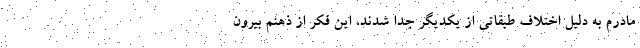
مادرم به دلیل اختلاف طبقاتی از یکدیگر جدا شدند، این فکر از ذهنم بیرون